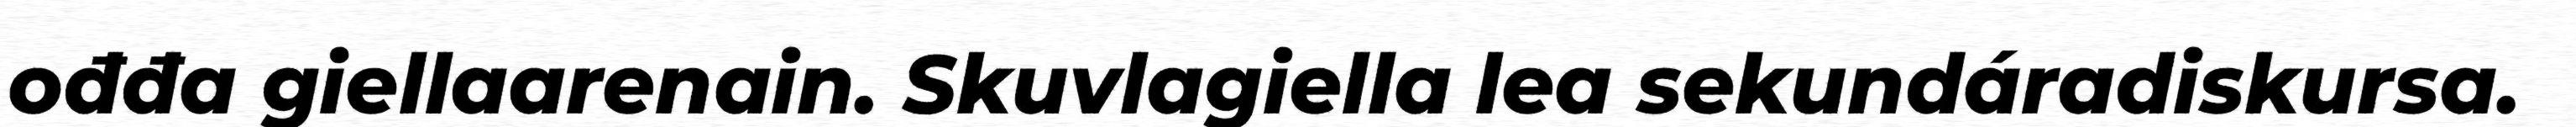
ođđa giellaarenain. Skuvlagiella lea sekundáradiskursa.